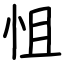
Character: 怚